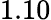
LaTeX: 1.10